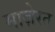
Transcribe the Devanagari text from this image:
माज़ेरत